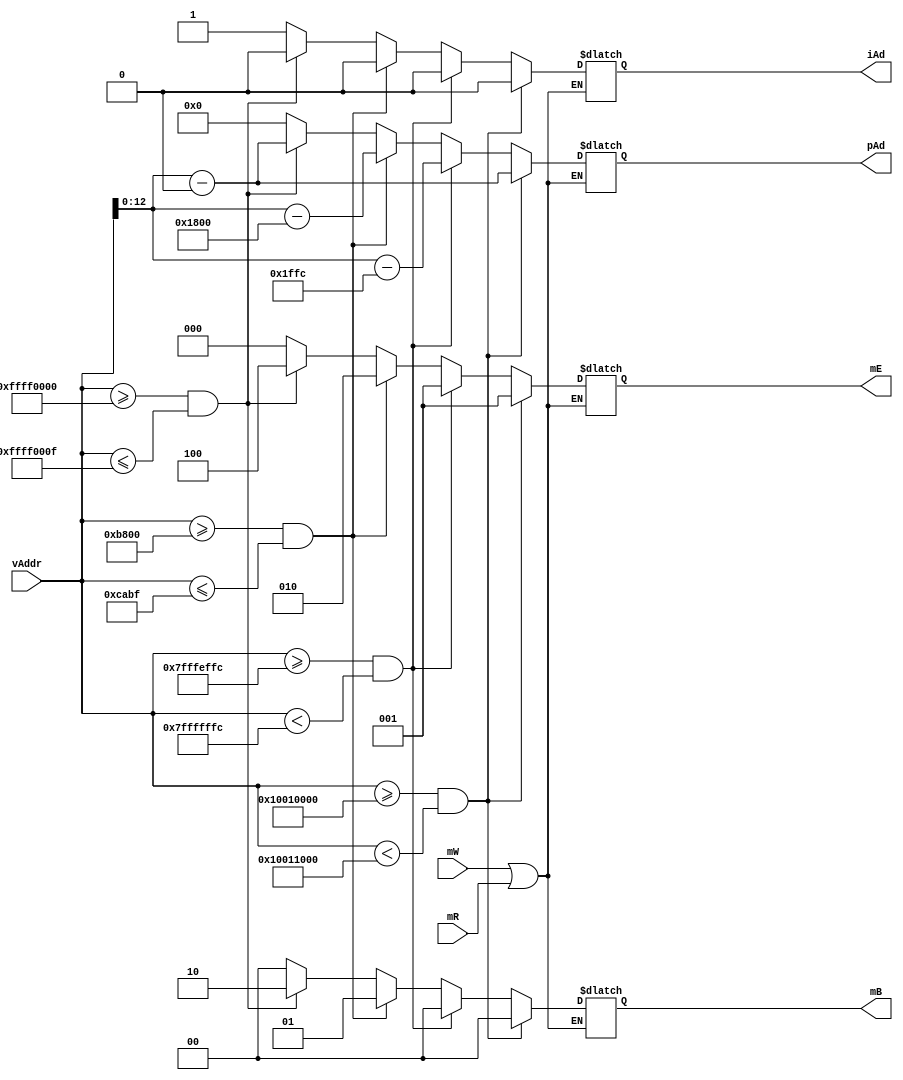
/*
 * Generated by Digital. Don't modify this file!
 * Any changes will be lost if this file is regenerated.
 */
module memoryDecoder(
    input [31:0] vAddr,
    input mW,
    input mR,
    output reg [12:0] pAd,
    output reg[2:0] mE,
    output reg[1:0] mB,
    output reg iAd
);

parameter [31:0] startg=32'h10010000;
parameter [31:0] endg=32'h10011000;
parameter [31:0] starts=32'h7FFFEFFC;
parameter [31:0] ends=32'h7FFFFFFC;
parameter [31:0] startvga=32'hb800;
parameter [31:0] endvga = 32'hcabf;
parameter [31:0] startio = 32'hffff0000;
parameter [31:0] endio = 32'hffff000f;
reg [31:0] temp;

always @(*)

if(mW | mR) 
begin
    if(vAddr>= startg & vAddr<endg)begin
        temp = vAddr - 32'h10010000;
	    pAd = temp;
        iAd = 1'b0;
        mE = 3'b001; //enable datamemory
        mB = 2'b00; //accediendo datamemory
    end else if(vAddr >= starts & vAddr<ends)begin
	temp= vAddr - 32'h7fffdffc;
     	pAd = temp;
        iAd = 1'b0;
        mE = 3'b001;//enable data memory
        mB = 2'b00;//accediendo datamemory
    end else if(vAddr>=startvga & vAddr<=endvga)begin
        temp = vAddr - 32'hb800;
        pAd = temp;
        iAd = 1'b0;
        mE = 3'b010;//enable vga
        mB = 2'b01;//accediendo vga
    end else if(vAddr>=startio & vAddr<=endio)begin
        temp = vAddr - 32'hFFFF0000;
        pAd = temp;
        iAd = 1'b0;
        mE = 3'b100;//enable I/O
        mB = 2'b10;//accediendio I/O
    end else begin
        pAd = 13'd0;
        iAd = 1'b1;
        mE = 3'b000;
        mB = 2'b00;
    end
end

endmodule

module testMemDecoder (
  input [31:0] vAddr,
  input mWrite,
  input mRead,
  output [12:0] pAddr,
  output [2:0] mEnab,
  output [1:0] mBank,
  output iAddr
);
  // memoryDecoder
  memoryDecoder memoryDecoder_i0 (
    .vAddr( vAddr ),
    .mW( mWrite ),
    .mR( mRead ),
    .pAd( pAddr ),
    .mE( mEnab ),
    .mB( mBank ),
    .iAd( iAddr )
  );
endmodule